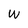
Character: W